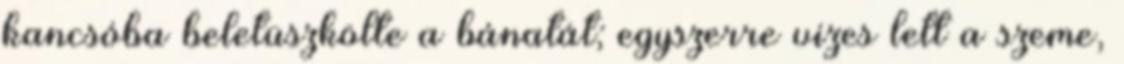
kancsóba beletüszkölte a bánatát; egyszerre vizes lett a szeme,